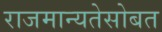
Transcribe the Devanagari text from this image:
राजमान्यतेसोबत